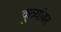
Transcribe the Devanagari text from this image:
कुत्र्यांवर